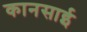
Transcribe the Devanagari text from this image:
कानसाई